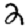
Digit: 2